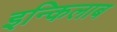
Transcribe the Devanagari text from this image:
इन्किलाब